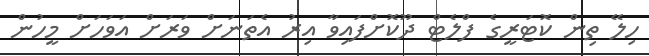
ހިލޭ ތިން ކޮޓަރީގެ ފްލެޓް ދޫކޮށްފައިވާ އިރު އެތަނަށް ވަރަށް އަވަހަށް މީހުން